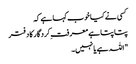
کسی نے کیا خوب کہا ہے کہ
پتا پتا ہے معرفتِ کردگار کا دفتر
"اللہ ہے یا نہیں۔